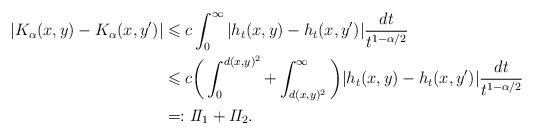
LaTeX: \begin{align*}|K_\alpha(x,y)-K_\alpha(x,y')|&\leqslant c \int_0^\infty |h_t(x,y)-h_t(x,y')|\frac{dt}{t^{1-\alpha/2}} \\&\leqslant c\bigg(\int_0^{d(x,y)^2} +\int_{d(x,y)^2}^\infty\bigg)|h_t(x,y)-h_t(x,y')|\frac{dt}{t^{1-\alpha/2}} \\&=: I\!I_1 +I\!I_2.\end{align*}